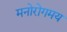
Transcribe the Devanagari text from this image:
मनोरोगमय